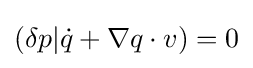
(\delta p|{\dot {q}}+\nabla q\cdot v)=0